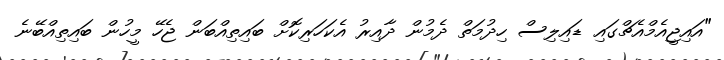
"އައިޖީއެމްއެޗްގައި ޑައިލިސް ހިދުމަތް ދެމުން ދާއިރު އެކަހަރިކޮށް ބައިތިއްބަން ޖެހޭ މީހުން ބައިތިއްބޭނެ